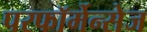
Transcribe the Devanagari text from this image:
परफॉर्मेन्सेज